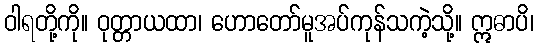
ဝါရတို့ကို။ ဝုတ္တာယထာ၊ ဟောတော်မူအပ်ကုန်သကဲ့သို့။ ဣဓာပိ၊